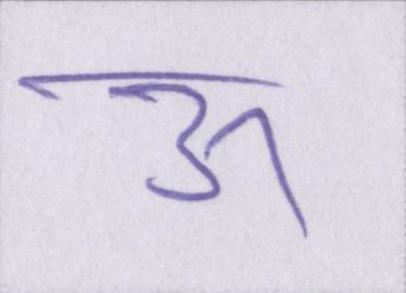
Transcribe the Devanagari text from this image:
ऊ